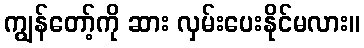
ကျွန်တော့်ကို ဆား လှမ်းပေးနိုင်မလား။